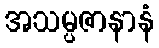
အသမ္ပဇာနာနံ